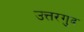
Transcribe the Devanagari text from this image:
उत्तरगुद